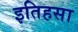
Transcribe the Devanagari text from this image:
इतिहसा